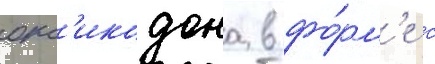
окс'икодона в фо́рм'е с